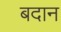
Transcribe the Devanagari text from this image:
बदान